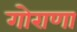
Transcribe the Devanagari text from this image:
गोराणा